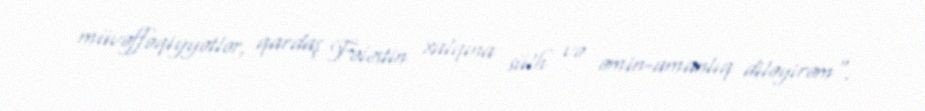
müvəffəqiyyətlər, qardaş Fələstin xalqına sülh və əmin-amanlıq diləyirəm".